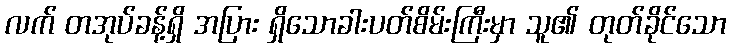
လက် တအုပ်ခန့်ရှိ အပြား ရှိသောခါးပတ်စိမ်းကြီးမှာ သူ၏ တုတ်ခိုင်သော